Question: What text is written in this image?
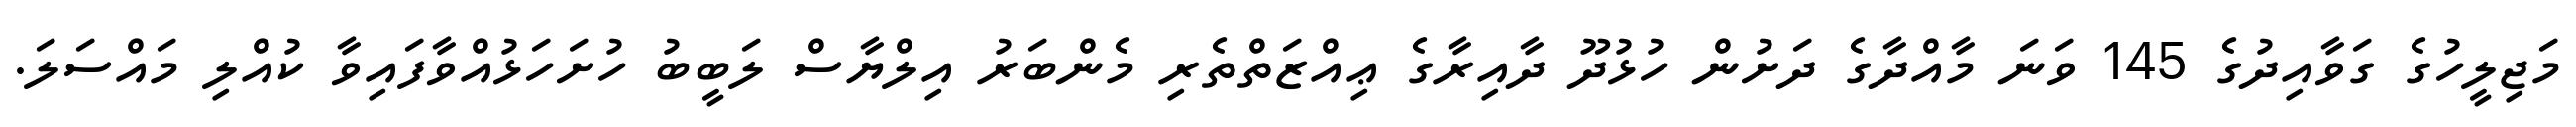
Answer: މަޖިލީހުގެ ގަވާއިދުގެ 145 ވަނަ މާއްދާގެ ދަށުން ހުޅުދޫ ދާއިރާގެ ޢިއްޒަތްތެރި މެންބަރު އިލްޔާސް ލަބީބު ހުށަހަޅުއްވާފައިވާ ކުއްލި މައްސަލަ.